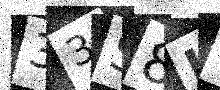
Text: 33S8IT